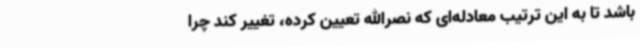
باشد تا به این ترتیب معادله‌ای که نصرالله تعیین کرده، تغییر کند چرا